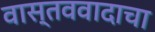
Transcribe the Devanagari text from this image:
वास्तववादाचा